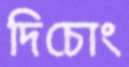
দিচোং